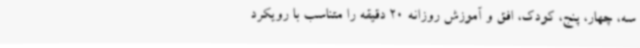
سه، چهار، پنج، کودک، افق و آموزش روزانه 20 دقیقه را متناسب با رویکرد